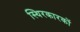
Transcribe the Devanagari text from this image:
स्थिरकारकों